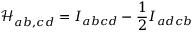
\mathcal { H } _ { a b , c d } ^ { \ } = I _ { a b c d } - \frac 1 2 I _ { a d c b }